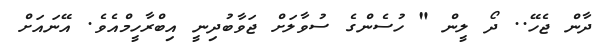
ދާން ޖެހޭ.. ދޯ ލީން " ހުސެންގެ ސުވާލަށް ޖަވާބުދިނީ އިބްރާހީމްއެވެ. އޭނައަށް